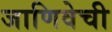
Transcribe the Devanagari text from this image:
जाणिवेची